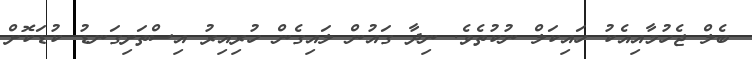
ބެލް ޖެހުމާއިއެކު ހައިކަލް ނުކުތެވެ. ނިދާ ގައުން ލައިގެން ހުރިއިރު އިސްތަށިގަނޑު ކުޑަކޮށް